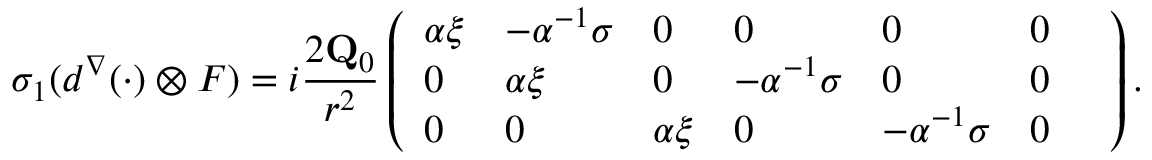
\sigma _ { 1 } ( d ^ { \nabla } ( \cdot ) \otimes F ) = i \frac { 2 \mathbf { Q } _ { 0 } } { r ^ { 2 } } \left( \begin{array} { l l l l l l l } { \alpha \xi } & { - \alpha ^ { - 1 } \sigma } & { 0 } & { 0 } & { 0 } & { 0 } & \\ { 0 } & { \alpha \xi } & { 0 } & { - \alpha ^ { - 1 } \sigma } & { 0 } & { 0 } \\ { 0 } & { 0 } & { \alpha \xi } & { 0 } & { - \alpha ^ { - 1 } \sigma } & { 0 } \end{array} \right) .